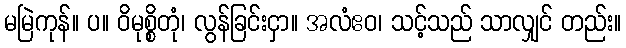
မမြဲကုန်။ ပ။ ဝိမုစ္စိတုံ၊ လွန်ခြင်းငှာ။ အလံဧဝ၊ သင့်သည် သာလျှင် တည်း။